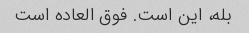
بله، این است. فوق العاده است